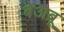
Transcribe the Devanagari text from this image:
बेअब्रू